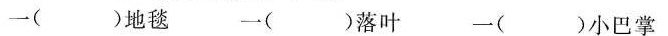
一()地毯 一()落叶 一( )小巴掌